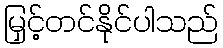
မြှင့်တင်နိုင်ပါသည်